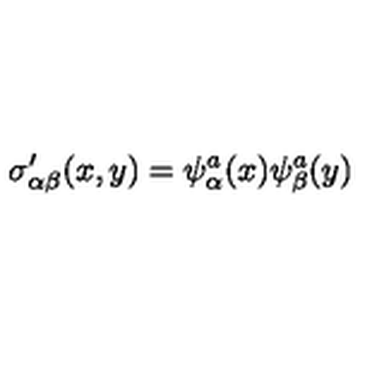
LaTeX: \sigma _ { \alpha \beta } ^ { \prime } ( x , y ) = \psi _ { \alpha } ^ { a } ( x ) \psi _ { \beta } ^ { a } ( y )